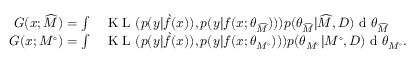
\begin{array} { r l } { G ( x ; \widehat { M } ) = \int } & { { } \textup { K L } ( p ( y | \grave { f } ( x ) ) , p ( y | f ( x ; \theta _ { \widehat { M } } ) ) ) p ( \theta _ { \widehat { M } } | \widehat { M } , D ) \textup { d } \theta _ { \widehat { M } } } \\ { G ( x ; M ^ { \circ } ) = \int } & { { } \textup { K L } ( p ( y | \grave { f } ( x ) ) , p ( y | f ( x ; \theta _ { M ^ { \circ } } ) ) ) p ( \theta _ { M ^ { \circ } } | M ^ { \circ } , D ) \textup { d } \theta _ { M ^ { \circ } } . } \end{array}